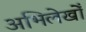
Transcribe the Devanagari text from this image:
अभिलेखोँ